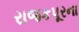
રાજકપૂરના